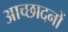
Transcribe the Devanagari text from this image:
आच्छादनों